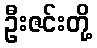
ဦးဇင်းတို့